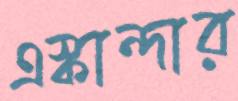
এস্কান্দার